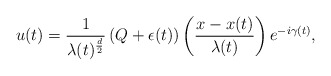
\begin{align*}u(t)=\frac{1}{\lambda(t)^{\frac{d}{2}}}\left(Q+\epsilon(t)\right)\left(\frac{x-x(t)}{\lambda(t)}\right)e^{-i\gamma(t)},\end{align*}